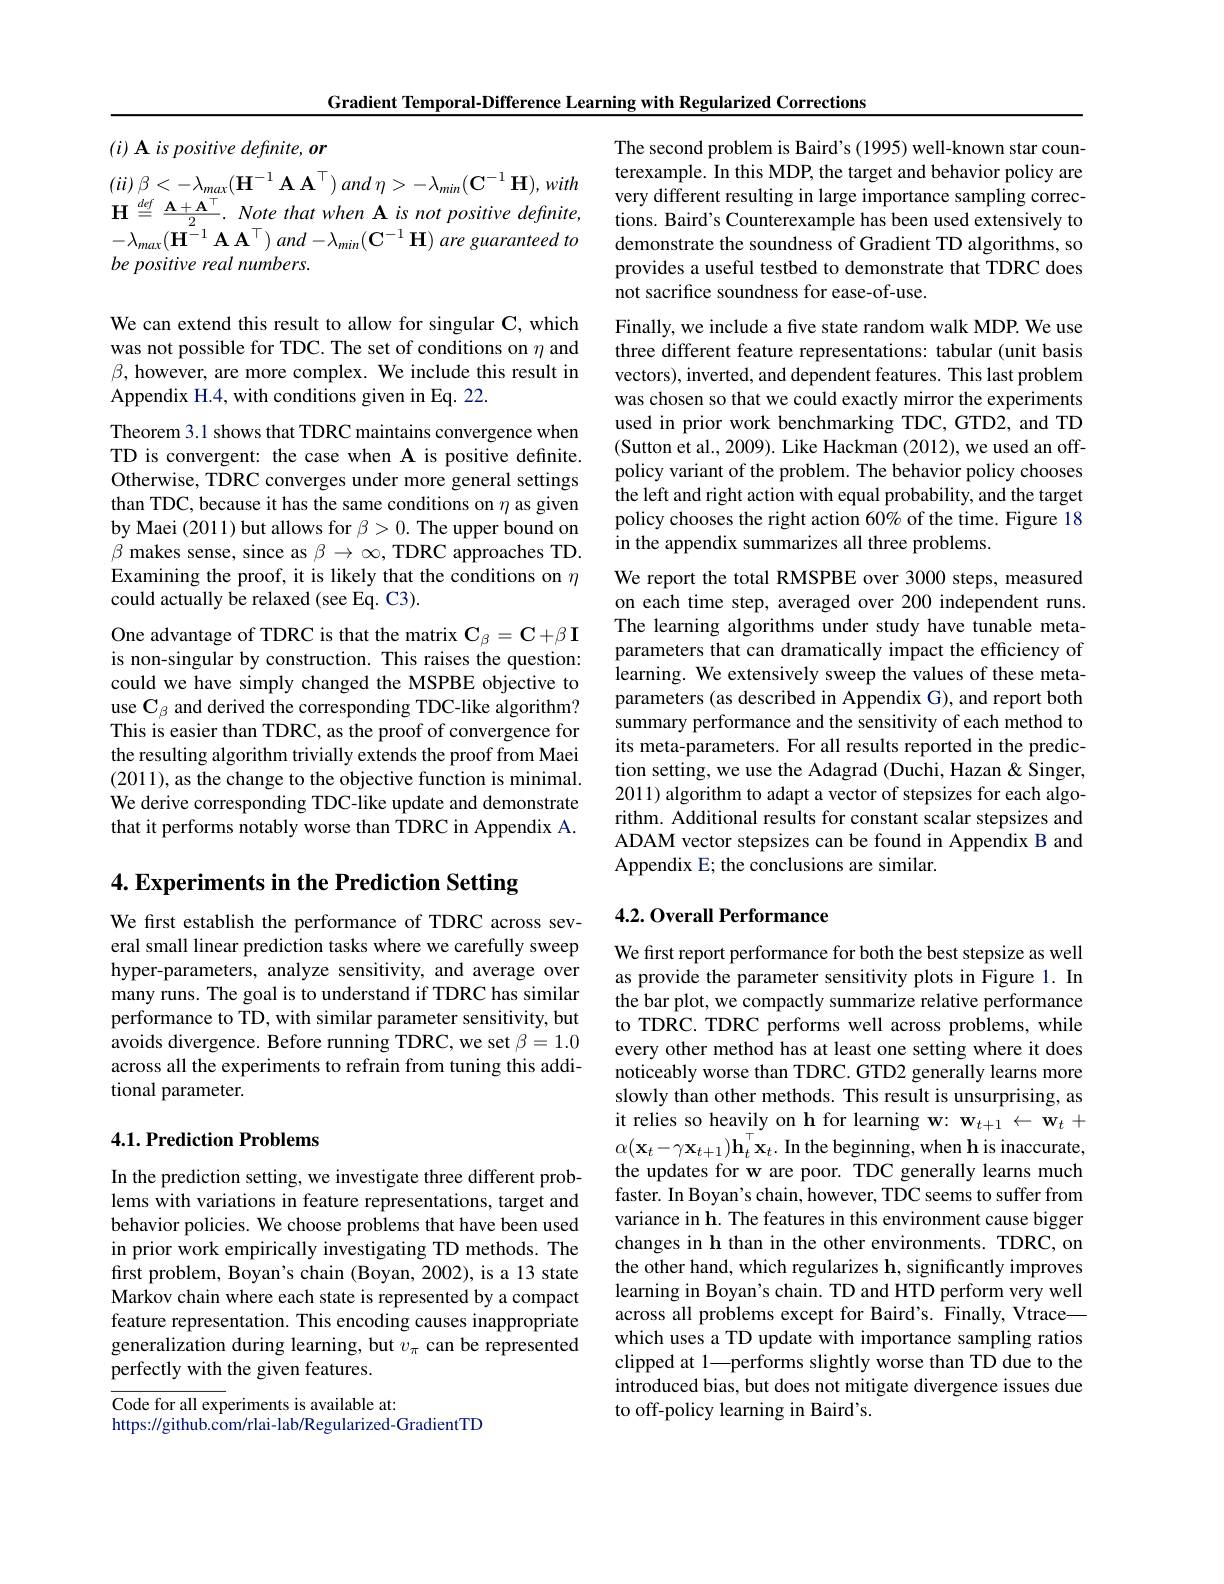
Gradient Temporal-Difference Learning with Regularized Corrections

$( i) \textbf{ A is positive definite, or}$

$( ii)$ $\beta < - \lambda _{max}( \mathbf{H} ^{- 1}$ $\mathbf{A}$ $\mathbf{A} ^{\top })$ and $\eta > - \lambda _{min}( \mathbf{C} ^{- 1}$ $\mathbf{H} ) , with$ $\mathbf{H}\stackrel{def}{=}\frac{\mathbf{A}+\mathbf{A}^{\top}}{2}.$ Note that when A is not positive definite, $- \lambda _{max}( \tilde{\mathbf{H} } ^{- 1}\mathbf{A} \mathbf{A} ^{\top })$ $and- \lambda _{min}( \mathbf{C} ^{- 1}\mathbf{H} )$ are guaranteed $to$ be positive real numbers.

We can extend this result to allow for singular C, which was not possible for TDC. The set of conditions on $\eta$ and $\beta$, however, are more complex. We include this result in Appendix H.4, with conditions given in Eq. 22.

Theorem 3.1 shows that TDRC maintains convergence when TD is convergent: the case when A is positive definite. Otherwise, TDRC converges under more general settings than TDC, because it has the same conditions on $\eta$ as given by Maei (2011) but allows for $\beta>0.$ The upper bound on $\beta$ makes sense, since as $\beta\to\infty$, TDRC approaches TD. Examining the proof, it is likely that the conditions on $\eta$ could actually be relaxed (see Eq. C3).

One advantage of TDRC is that the matrix $\mathbf{C}_{\beta}=\mathbf{C}+\beta\mathbf{I}$ is non-singular by construction. This raises the question: could we have simply changed the MSPBE objective to use $\mathbf{C}_{\beta}$ and derived the corresponding TDC-like algorithm? This is easier than TDRC, as the proof of convergence for the resulting algorithm trivially extends the proof from Maei (2011),as the change to the objective function is minimal. We derive corresponding TDC-like update and demonstrate that it performs notably worse than TDRC in Appendix A. 4. Experiments in the Prediction Setting

We first establish the performance of TDRC across several small linear prediction tasks where we carefully sweep hyper-parameters, analyze sensitivity, and average over many runs. The goal is to understand if TDRC has similar performance to TD, with similar parameter sensitivity, but avoids divergence. Before running TDRC, we set $\beta=1.0$ across all the experiments to refrain from tuning this additional parameter.

## 4.1. Prediction Problems

In the prediction setting, we investigate three different problems with variations in feature representations, target and behavior policies. We choose problems that have been used in prior work empirically investigating TD methods. The first problem, Boyan's chain (Boyan, 2002), is a 13 state Markov chain where each state is represented by a compact feature representation. This encoding causes inappropriate generalization during learning, but $v_\pi$ can be represented perfectly with the given features.

Code for all experiments is available at:
https://github.com/rlai-lab/Regularized-GradientTD

The second problem is Baird's (1995) well-known star counterexample. In this MDP, the target and behavior policy are very different resulting in large importance sampling corrections. Baird's Counterexample has been used extensively to demonstrate the soundness of Gradient TD algorithms, so provides a useful testbed to demonstrate that TDRC does not sacrifice soundness for ease-of-use.

Finally, we include a five state random walk MDP. We use three different feature representations: tabular (unit basis vectors), inverted, and dependent features. This last problem was chosen so that we could exactly mirror the experiments used in prior work benchmarking TDC, GTD2, and TD (Sutton et al., 2009). Like Hackman (2012), we used an offpolicy variant of the problem. The behavior policy chooses the left and right action with equal probability, and the target policy chooses the right action 60% of the time. Figure 18 in the appendix summarizes all three problems

We report the total RMSPBE over 3000 steps, measured on each time step, averaged over 200 independent runs. The learning algorithms under study have tunable metaparameters that can dramatically impact the efficiency of learning. We extensively sweep the values of these metaparameters (as described in Appendix G), and report both summary performance and the sensitivity of each method to its meta-parameters. For all results reported in the prediction setting, we use the Adagrad (Duchi, Hazan & Singer, 2011) algorithm to adapt a vector of stepsizes for each algorithm. Additional results for constant scalar stepsizes and ADAM vector stepsizes can be found in Appendix B and Appendix E; the conclusions are similar.

## 4.2. Overall Performance

We first report performance for both the best stepsize as well as provide the parameter sensitivity plots in Figure 1. In the bar plot, we compactly summarize relative performance to TDRC. TDRC performs well across problems, while every other method has at least one setting where it does noticeably worse than TDRC. GTD2 generally learns more slowly than other methods. This result is unsurprising, as it relies so heavily on h for learning w: $\mathbf{w}_{t+1}\leftarrow\mathbf{w}_{t}+$ $\alpha(\mathbf{x}_{t}-\gamma\mathbf{x}_{t+1})\mathbf{h}_{t}^{\top}\mathbf{x}_{t}.$ In the beginning, when h is inaccurate, the updates for w are poor. TDC generally learns much faster. In Boyan's chain, however, TDC seems to suffer from variance in h. The features in this environment cause bigger changes in h than in the other environments. TDRC, on the other hand, which regularizes h, significantly improves learning in Boyan's chain. TD and HTD perform very well across all problems except for Baird's. Finally, Vtrace— which uses a TD update with importance sampling ratios clipped at 1—performs slightly worse than TD due to the introduced bias, but does not mitigate divergence issues due to off-policy learning in Baird's.